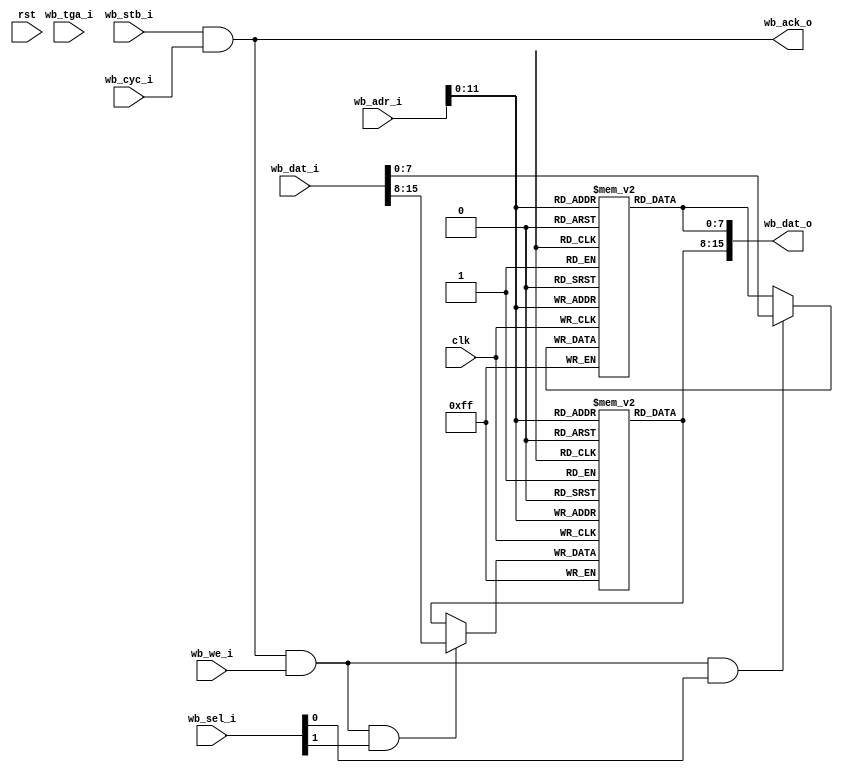
/*
// PROTOTYPE - bootrom
 */

//0xFE000 --- 8kB/////


module exec_rom (
    input clk,
    input rst,

    // Wishbone slave interface
    input  [15:0] wb_dat_i,
    output [15:0] wb_dat_o,
    input  [19:1] wb_adr_i,
    input         wb_we_i,
    input         wb_tga_i,
    input         wb_stb_i,
    input         wb_cyc_i,
    input  [ 1:0] wb_sel_i,
    output        wb_ack_o
  );


  // RAM  
  reg  [7:0] rom_low[0:4095];  // Instantiate the ROM 4096 Byte
  reg  [7:0] rom_hi [0:4095];  // Instantiate the ROM 4096 Byte
  wire [11:0] rom_addr;
  wire        stb;

  // Combinatorial logic
  assign rom_addr = wb_adr_i[12:1];
  assign stb      = wb_stb_i & wb_cyc_i;
  assign wb_ack_o = stb;
  
  assign wb_dat_o = {rom_hi[rom_addr],rom_low[rom_addr]};
  always @(posedge clk) begin
    rom_low[rom_addr] <= 
  				((stb & wb_we_i & wb_sel_i[0]) ? wb_dat_i[7:0] : rom_low[rom_addr]);
   rom_hi[rom_addr] <= 
					((stb & wb_we_i & wb_sel_i[1]) ? wb_dat_i[15:8] : rom_hi[rom_addr]);
  end
  
endmodule